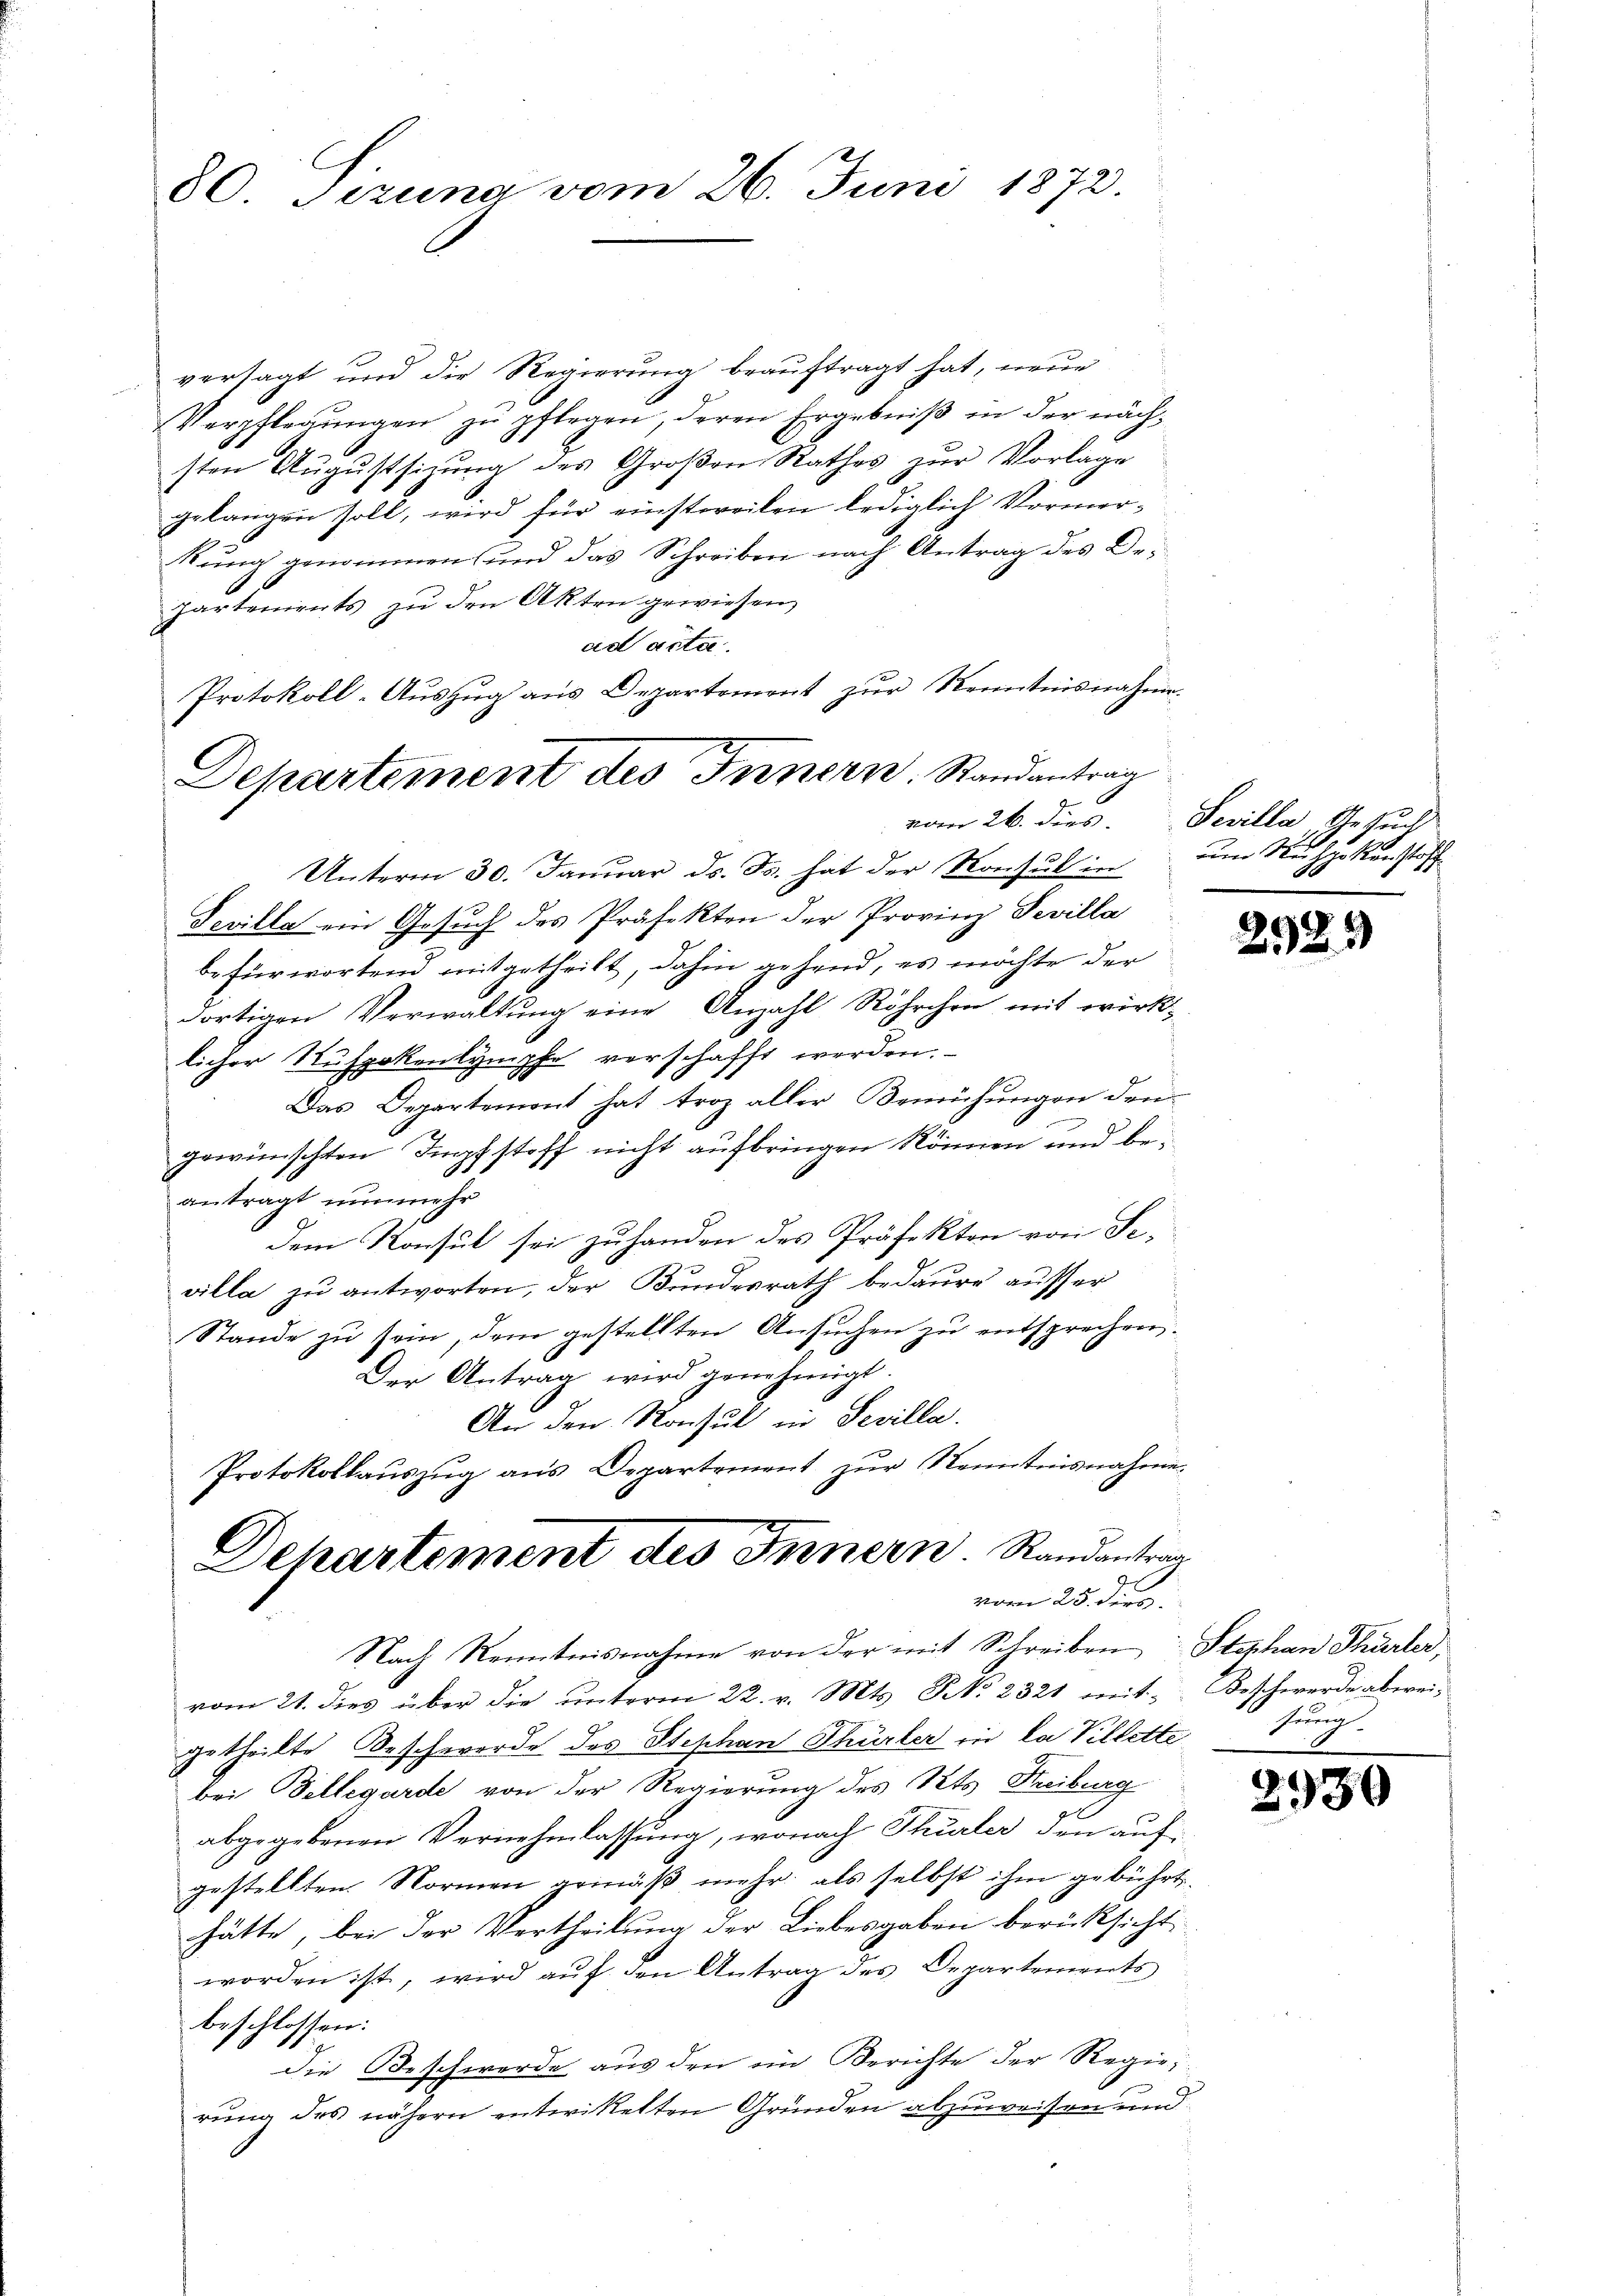
80 Sizung vom 26. Juni 1872.

versagt und die Regierung beauftragt hat, neue
Verpflegungen zu pflegen, deren Ergebniß in der nächsten Augustsizung des Großen Rathes zur Vorlage
gelangen soll, wird für einstweilen lediglich Vormerkung genommen und das Schreiben nach Antrag des Departenients zu den Akten gewiesen,
ad acta.
Protokoll-Auszug aus Departement zur Kenntnisnahme.
Unterm 30. Januar ds. Fr. hat der Konsul in
Sevilla ein Gesuch des Präfekten der Provinz Fevilla
befürwortend mitgetheilt, dahin gehend, es möchte der
dortigen Verwaltung eine Anzahl Röhrchen mit wirk-
licher Ruspokenlympfe verschafft werden.
Das Departement hat troz aller Bemühungen den
d
gewünschten Impfstoff nicht aufbringen können und beantragt nunmehr
dem Konsul sei zuhanden des Präfekten von Sevilla zu antworten, der Bundesrath bedaure ausser
Stande zu sein, dem gestellten Ansuchen zu entsprechen.
Der Antrag wird genehmigt.
An den Konsul in Sevilla.
Protokollaŭszŭg ans Departement zŭr Kenntnisnahme-
Dehartement des Innern Randantrag
vom 25. der
Nach Kenntnisnahme von der mit Schreiben Stephan Thürler,
vom 21. dies über die unterm 22. v. Mts. N. 2321 mitgetheilte Beschwerde des Stephan Thürler in la Villette
bei Fellegarde von der Regierung des Kts. Freiburg
abgegebenen Vernehmlassung, wonach Thurler den auf
gestellten. Normen gemäß mehr, als selbst ihm gebührt.
hätte, bei der Vertheilung der Liebesgaben berücksicht.
worden ist, wird auf den Antrag des Departements
beschlossen:
Die Beschwerde aus den im Berichte der Regierung des nähern entwickelten Gründen abzuweisen und

Departement des Innern. Randantrag
vom 26. dies

Sevilla, Gesuch
um Nachpostenstoff

2929

2930

Beschwerde abereihung.